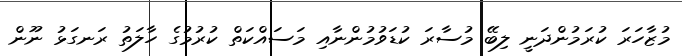
މުޒާހަރަ ކުރަމުންދަނީ ލިބޭ މުސާރަ ކުޑަވުމުންނާއި މަސައްކަތް ކުރުމުގެ ހާލަތު ރަނގަޅު ނޫން